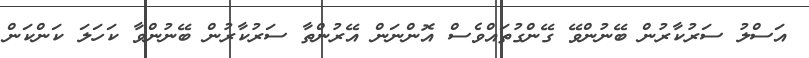
އަސްލު ސަރުކާރުން ބޭނުންވޭ ގޭންގުތައްވެސް އޮންނަން އޭރުންތާ ސަރުކާރުން ބޭނުންވާ ކަހަލަ ކަންކަން